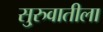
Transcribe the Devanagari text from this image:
सु्रुवातीला